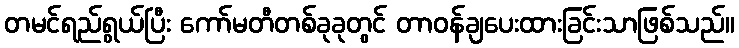
တမင်ရည်ရွယ်ပြီး ကော်မတီတစ်ခုခုတွင် တာဝန်ချပေးထားခြင်းသာဖြစ်သည်။